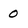
Character: O